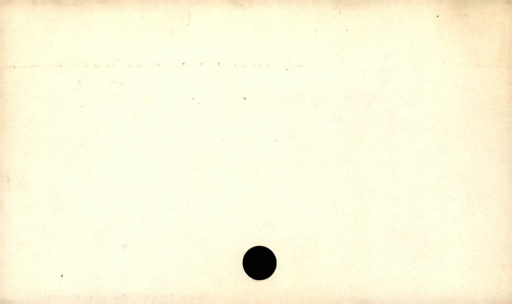
Label: blank